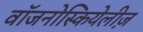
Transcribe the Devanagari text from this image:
वॉजनोस्कियेलीज़